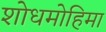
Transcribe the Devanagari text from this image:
शोधमोहिमा